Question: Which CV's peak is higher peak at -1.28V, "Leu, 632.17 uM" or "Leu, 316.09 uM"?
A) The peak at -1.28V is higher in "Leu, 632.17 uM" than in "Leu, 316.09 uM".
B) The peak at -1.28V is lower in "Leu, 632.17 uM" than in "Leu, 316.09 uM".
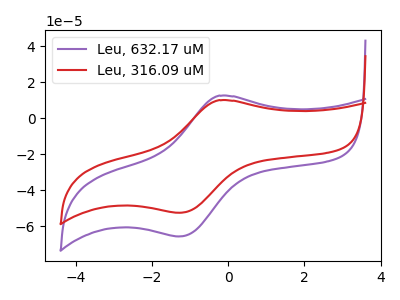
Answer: <think>The purple curve "Leu, 632.17 uM" has an anodic peak at (-0.25V, 12.45uA) and a cathodic peak at (-1.30V, -65.55uA). The red curve "Leu, 316.09 uM" has an anodic peak at (-0.25V, 9.95uA) and a cathodic peak at (-1.30V, -52.40uA).</think>
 <answer>A) The peak at -1.28V is higher in "Leu, 632.17 uM" than in "Leu, 316.09 uM".</answer>
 <eval>A</eval>